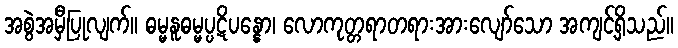
အစွဲအမှီပြုလျက်။ ဓမ္မနူဓမ္မပ္ပဋိပန္နော၊ လောကုတ္တရာတရားအားလျော်သော အကျင့်ရှိသည်။